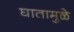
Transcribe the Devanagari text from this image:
घातामुळे